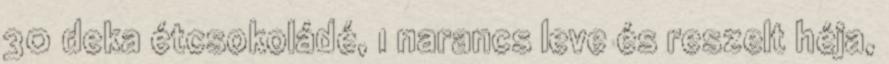
30 deka étcsokoládé, 1 narancs leve és reszelt héja,